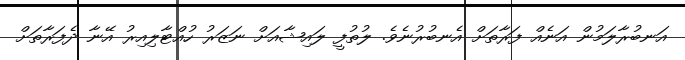
އަނބުރާލަމުން އަނެއް ފަރާތަށް އެނބުރުނެވެ. ލުތުފީ ލައިޝާއަށް ނަޒަރު ހުއްޓާލިއިރު އޭނާ ދެފަރާތަށް